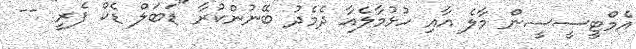
އެމްޓީސީސީން މާލެ އާއި ހުޅުމާލެއާ ދެމެދު ބޭނުންކުރާ "ޑަބަލް ޑެކް ފެރީ" --